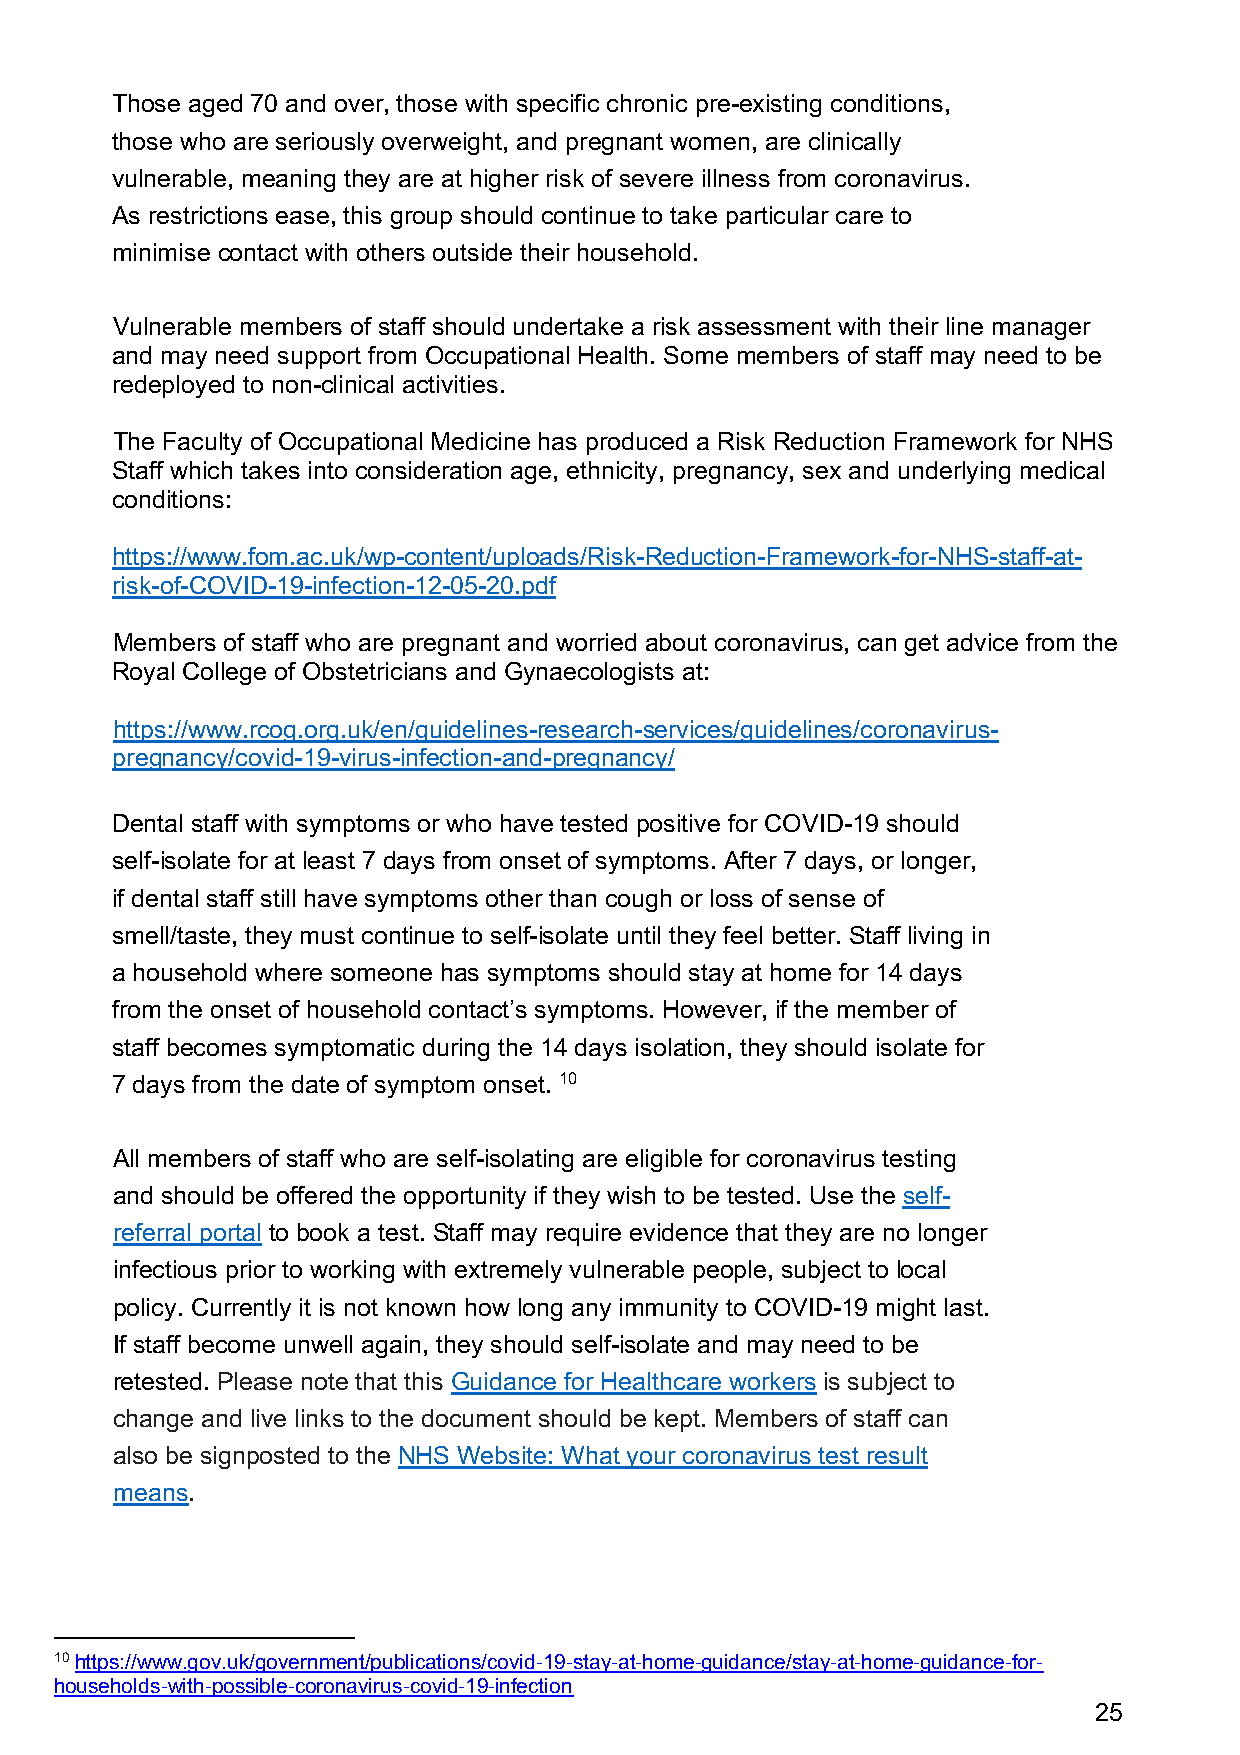
Those aged 70 and over, those with specific chronic pre-existing conditions,
 those who are seriously overweight, and pregnant women, are clinically
 vulnerable, meaning they are at higher risk of severe illness from coronavirus.
 As restrictions ease, this group should continue to take particular care to
 minimise contact with others outside their household.
 Vulnerable members of staff should undertake a risk assessment with their line manager
 and may need support from Occupational Health. Some members of staff may need to be
 redeployed to non-clinical activities.
 The Faculty of Occupational Medicine has produced a Risk Reduction Framework for NHS
 Staff which takes into consideration age, ethnicity, pregnancy, sex and underlying medical
 conditions:
 https://www.fom.ac.uk/wp-content/uploads/Risk-Reduction-Framework-for-NHS-staff-at-
 risk-of-COVID-19-infection-12-05-20.pdf
 Members of staff who are pregnant and worried about coronavirus, can get advice from the
 Royal College of Obstetricians and Gynaecologists at:
 https://www.rcog.org.uk/en/guidelines-research-services/guidelines/coronavirus-
 pregnancy/covid-19-virus-infection-and-pregnancy/
 Dental staff with symptoms or who have tested positive for COVID-19 should
 self-isolate for at least 7 days from onset of symptoms. After 7 days, or longer,
 if dental staff still have symptoms other than cough or loss of sense of
 smell/taste, they must continue to self-isolate until they feel better. Staff living in
 a household where someone has symptoms should stay at home for 14 days
 from the onset of household contact’s symptoms. However, if the member of
 staff becomes symptomatic during the 14 days isolation, they should isolate for
 7 days from the date of symptom onset. 10
 All members of staff who are self-isolating are eligible for coronavirus testing
 and should be offered the opportunity if they wish to be tested. Use the self-
 referral portal to book a test. Staff may require evidence that they are no longer
 infectious prior to working with extremely vulnerable people, subject to local
 policy. Currently it is not known how long any immunity to COVID-19 might last.
 If staff become unwell again, they should self-isolate and may need to be
 retested. Please note that this Guidance for Healthcare workers is subject to
 change and live links to the document should be kept. Members of staff can
 also be signposted to the NHS Website: What your coronavirus test result
 means.
 10 https://www.gov.uk/government/publications/covid-19-stay-at-home-guidance/stay-at-home-guidance-for-
 households-with-possible-coronavirus-covid-19-infection
 25